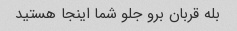
بله قربان برو جلو شما اینجا هستید